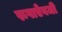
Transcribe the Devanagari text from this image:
रूपाऐवजी